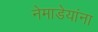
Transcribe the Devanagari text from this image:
नेमाडेयांना